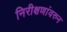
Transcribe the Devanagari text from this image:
निरीक्षणांवरुन